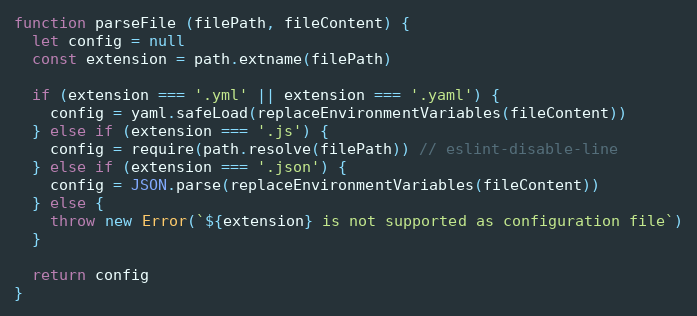
Language: JavaScript
function parseFile (filePath, fileContent) {
  let config = null
  const extension = path.extname(filePath)

  if (extension === '.yml' || extension === '.yaml') {
    config = yaml.safeLoad(replaceEnvironmentVariables(fileContent))
  } else if (extension === '.js') {
    config = require(path.resolve(filePath)) // eslint-disable-line
  } else if (extension === '.json') {
    config = JSON.parse(replaceEnvironmentVariables(fileContent))
  } else {
    throw new Error(`${extension} is not supported as configuration file`)
  }

  return config
}